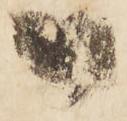
御